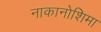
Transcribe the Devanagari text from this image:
नाकानोशिमा